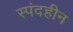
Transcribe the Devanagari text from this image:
स्पंदहीन